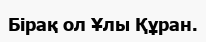
Бірақ ол Ұлы Құран.